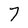
Character: 7